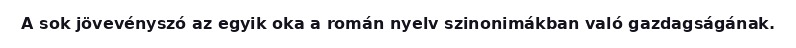
A sok jövevényszó az egyik oka a román nyelv szinonimákban való gazdagságának.